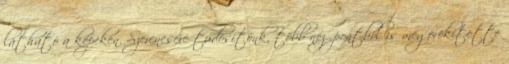
látható a képeken. Szerencsére tudósítónk, több nézőpontból is megörökítette